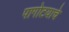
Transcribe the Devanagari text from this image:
पागोटयाचे